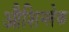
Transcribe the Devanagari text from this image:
औशिन्लेक